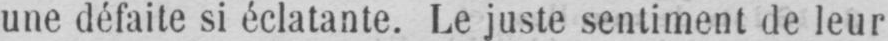
une défaite si éclatante. Le juste sentiment de leur